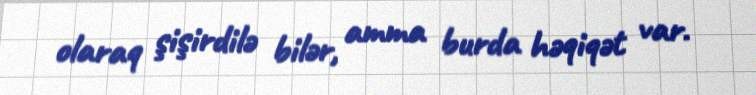
olaraq şişirdilə bilər, amma burda həqiqət var.